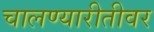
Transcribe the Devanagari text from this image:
चालण्यारीतीवर